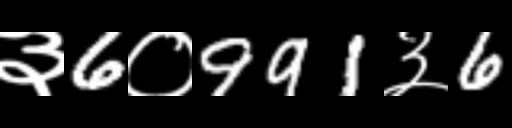
Text: ३6०991३6